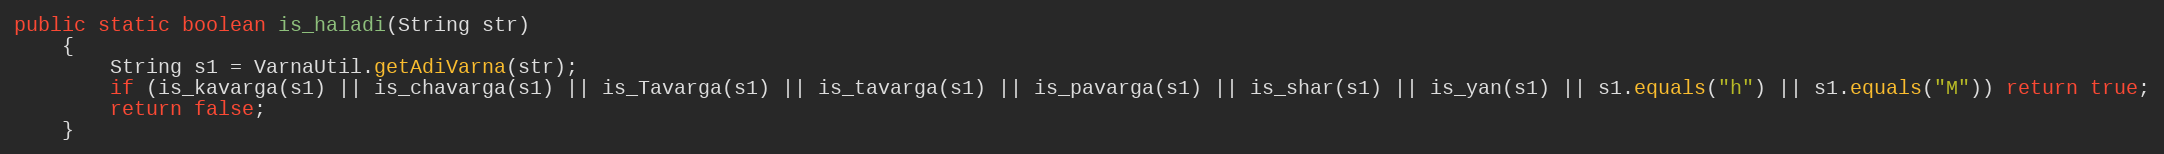
Language: Java
public static boolean is_haladi(String str)
    {
        String s1 = VarnaUtil.getAdiVarna(str);
        if (is_kavarga(s1) || is_chavarga(s1) || is_Tavarga(s1) || is_tavarga(s1) || is_pavarga(s1) || is_shar(s1) || is_yan(s1) || s1.equals("h") || s1.equals("M")) return true;
        return false;
    }